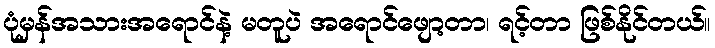
ပုံမှန်အသားအရောင်နဲ့ မတူပဲ အရောင်ဖျော့တာ၊ ရင့်တာ ဖြစ်နိုင်တယ်။